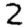
Digit: 2